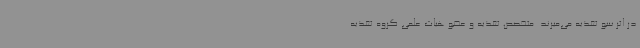
در اثر سو تغذیه می‌میرند. متخصص تغذیه و عضو هیات علمی گروه تغذیه